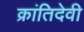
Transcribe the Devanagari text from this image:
क्रांतिदेवी